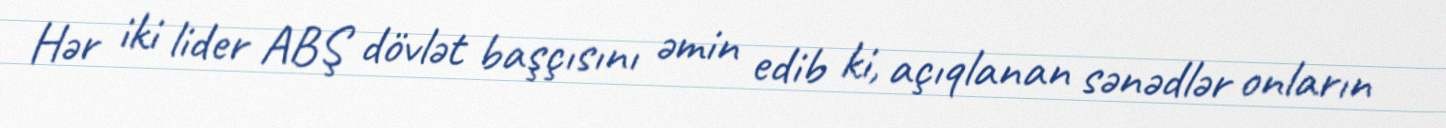
Hər iki lider ABŞ dövlət başçısını əmin edib ki, açıqlanan sənədlər onların